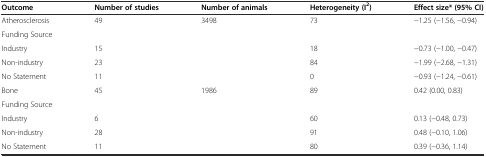
| Outcome | Number of studies | Number of animals | Heterogeneity (I2) | Effect size* (95% CI) |
 | --- | --- | --- | --- | --- |
 | Atherosclerosis | 49 | 3498 | 73 | −1.25 (−1.56, −0.94) |
 | Funding Source |  |  |  |  |
 | Industry | 15 |  | 18 | −0.73 (−1.00, −0.47) |
 | Non-industry | 23 |  | 84 | −1.99 (−2.68, −1.31) |
 | No Statement | 11 |  | 0 | −0.93 (−1.24, −0.61) |
 | Bone | 45 | 1986 | 89 | 0.42 (0.00, 0.83) |
 | Funding Source |  |  |  |  |
 | Industry | 6 |  | 60 | 0.13 (−0.48, 0.73) |
 | Non-industry | 28 |  | 91 | 0.48 (−0.10, 1.06) |
 | No Statement | 11 |  | 80 | 0.39 (−0.36, 1.14) |